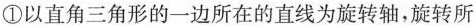
①以直角三角形的一边所在的直线为旋转轴，旋转所